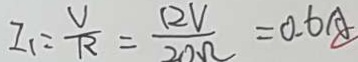
I _ { 1 } = \frac { V } { R } = \frac { 1 2 V } { 2 0 \Omega } = 0 . 6 A